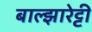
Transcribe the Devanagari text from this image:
बाल्झारेट्टी